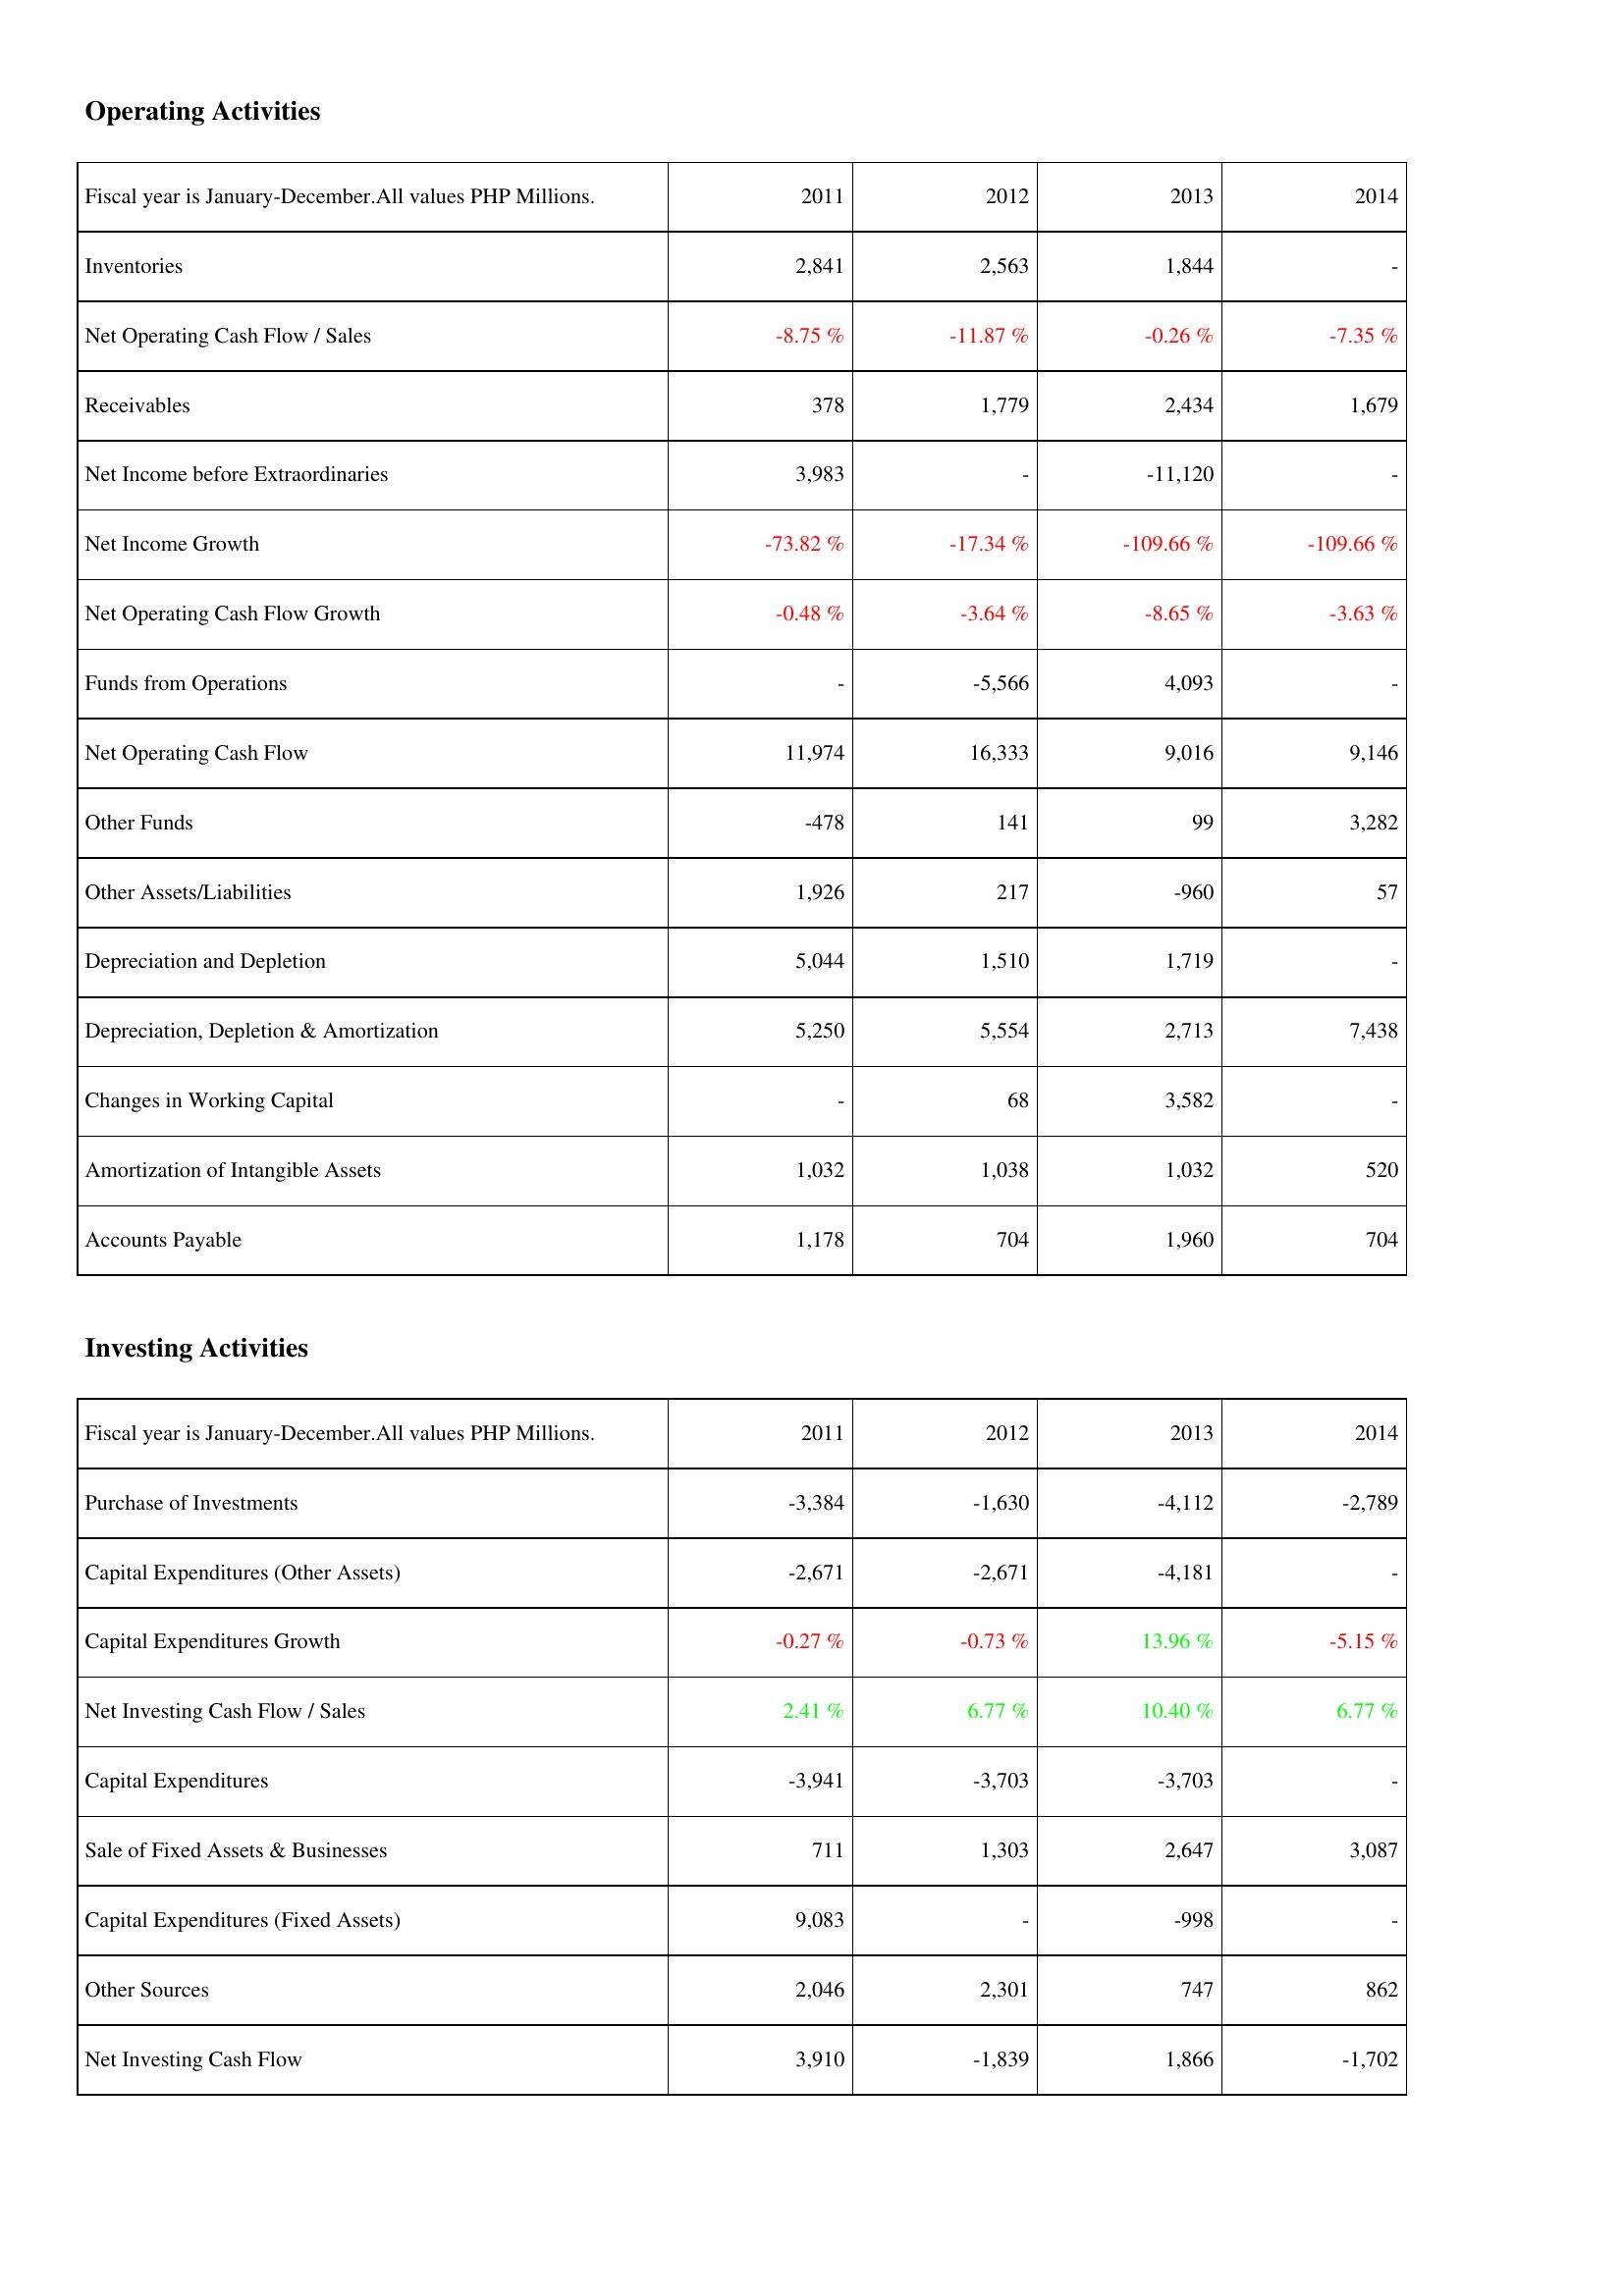
2011: Operating Activities: Inventories: 2,841
Net Operating Cash Flow / Sales: -8.75 %
Receivables: 378
Net Income before Extraordinaries: 3,983
Net Income Growth: -73.82 %
Net Operating Cash Flow Growth: -0.48 %
Funds from Operations: -
Net Operating Cash Flow: 11,974
Other Funds: -478
Other Assets/Liabilities: 1,926
Depreciation and Depletion: 5,044
Depreciation, Depletion & Amortization: 5,250
Changes in Working Capital: -
Amortization of Intangible Assets: 1,032
Accounts Payable: 1,178
Investing Activities: Purchase of Investments: -3,384
Capital Expenditures (Other Assets): -2,671
Capital Expenditures Growth: -0.27 %
Net Investing Cash Flow / Sales: 2.41 %
Capital Expenditures: -3,941
Sale of Fixed Assets & Businesses: 711
Capital Expenditures (Fixed Assets): 9,083
Other Sources: 2,046
Net Investing Cash Flow: 3,910
2012: Operating Activities: Inventories: 2,563
Net Operating Cash Flow / Sales: -11.87 %
Receivables: 1,779
Net Income before Extraordinaries: -
Net Income Growth: -17.34 %
Net Operating Cash Flow Growth: -3.64 %
Funds from Operations: -5,566
Net Operating Cash Flow: 16,333
Other Funds: 141
Other Assets/Liabilities: 217
Depreciation and Depletion: 1,510
Depreciation, Depletion & Amortization: 5,554
Changes in Working Capital: 68
Amortization of Intangible Assets: 1,038
Accounts Payable: 704
Investing Activities: Purchase of Investments: -1,630
Capital Expenditures (Other Assets): -2,671
Capital Expenditures Growth: -0.73 %
Net Investing Cash Flow / Sales: 6.77 %
Capital Expenditures: -3,703
Sale of Fixed Assets & Businesses: 1,303
Capital Expenditures (Fixed Assets): -
Other Sources: 2,301
Net Investing Cash Flow: -1,839
2013: Operating Activities: Inventories: 1,844
Net Operating Cash Flow / Sales: -0.26 %
Receivables: 2,434
Net Income before Extraordinaries: -11,120
Net Income Growth: -109.66 %
Net Operating Cash Flow Growth: -8.65 %
Funds from Operations: 4,093
Net Operating Cash Flow: 9,016
Other Funds: 99
Other Assets/Liabilities: -960
Depreciation and Depletion: 1,719
Depreciation, Depletion & Amortization: 2,713
Changes in Working Capital: 3,582
Amortization of Intangible Assets: 1,032
Accounts Payable: 1,960
Investing Activities: Purchase of Investments: -4,112
Capital Expenditures (Other Assets): -4,181
Capital Expenditures Growth: 13.96 %
Net Investing Cash Flow / Sales: 10.40 %
Capital Expenditures: -3,703
Sale of Fixed Assets & Businesses: 2,647
Capital Expenditures (Fixed Assets): -998
Other Sources: 747
Net Investing Cash Flow: 1,866
2014: Operating Activities: Inventories: -
Net Operating Cash Flow / Sales: -7.35 %
Receivables: 1,679
Net Income before Extraordinaries: -
Net Income Growth: -109.66 %
Net Operating Cash Flow Growth: -3.63 %
Funds from Operations: -
Net Operating Cash Flow: 9,146
Other Funds: 3,282
Other Assets/Liabilities: 57
Depreciation and Depletion: -
Depreciation, Depletion & Amortization: 7,438
Changes in Working Capital: -
Amortization of Intangible Assets: 520
Accounts Payable: 704
Investing Activities: Purchase of Investments: -2,789
Capital Expenditures (Other Assets): -
Capital Expenditures Growth: -5.15 %
Net Investing Cash Flow / Sales: 6.77 %
Capital Expenditures: -
Sale of Fixed Assets & Businesses: 3,087
Capital Expenditures (Fixed Assets): -
Other Sources: 862
Net Investing Cash Flow: -1,702